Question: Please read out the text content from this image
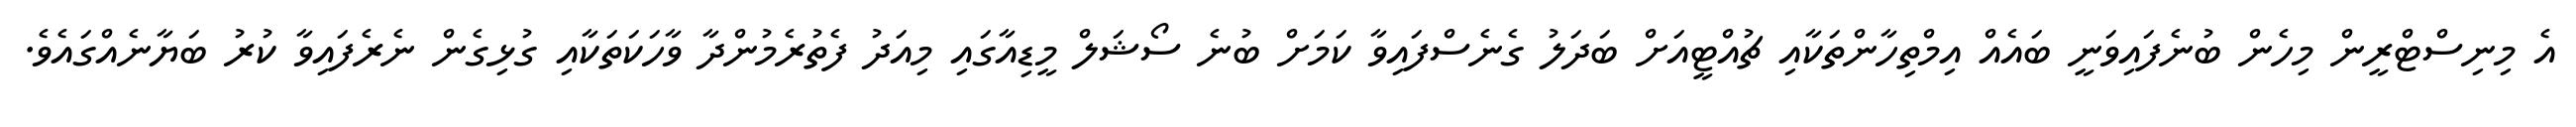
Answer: އެ މިނިސްޓްރީން މިހެން ބުނެފައިވަނީ ބައެއް އިމްތިހާންތަކާއި ޗުއްޓީއަށް ބަދަލު ގެނެސްފައިވާ ކަމަށް ބުނެ ސޯޝަލް މީޑިއާގައި މިއަދު ފެތުރެމުންދާ ވާހަކަތަކާއި ގުޅިގެން ނެރެފައިވާ ކުރު ބަޔާނެއްގައެވެ.